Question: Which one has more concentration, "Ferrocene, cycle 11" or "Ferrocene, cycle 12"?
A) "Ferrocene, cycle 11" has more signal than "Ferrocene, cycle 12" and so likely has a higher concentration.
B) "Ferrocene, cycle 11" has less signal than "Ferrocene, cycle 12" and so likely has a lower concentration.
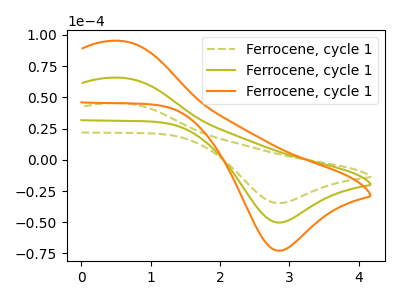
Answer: <think>The olive dashed curve "Ferrocene, cycle 11" has an anodic peak at (0.55V, 45.40uA) and a cathodic peak at (2.85V, -34.75uA). The olive curve "Ferrocene, cycle 12" has an anodic peak at (0.55V, 65.75uA) and a cathodic peak at (2.85V, -50.30uA). The orange curve "Ferrocene, cycle 13" has an anodic peak at (0.55V, 131.55uA) and a cathodic peak at (2.85V, -100.60uA).
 All the peaks in "Ferrocene, cycle 11" have a peak in "Ferrocene, cycle 12" at the same potential. Every peak in "Ferrocene, cycle 11" is lower than every peak in "Ferrocene, cycle 12".</think>
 <answer>B) "Ferrocene, cycle 11" has less signal than "Ferrocene, cycle 12" and so likely has a lower concentration.</answer>
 <eval>B</eval>